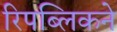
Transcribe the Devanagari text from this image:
रिपब्लिकने